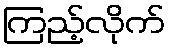
ကြည့်လိုက်